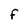
Character: F